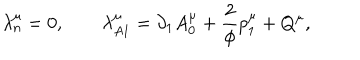
LaTeX: \lambda _ { n } ^ { \mu } = 0 , \qquad \lambda _ { A 1 } ^ { \mu } = \partial _ { 1 } A _ { 0 } ^ { \mu } + \frac 2 \phi p _ { 1 } ^ { \mu } + Q ^ { \mu } ,